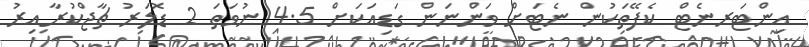
އިންޓަރނެޓް ކެފޭތަކުން ނެޓަށް ވަންނަން ގަޑިއަކަށް 4.5 ނުވަތަ 2 ޑޮލަރު ޗާޖްކުރާއިރު